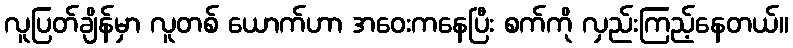
လူပြတ်ချိန်မှာ လူတစ် ယောက်ဟာ အဝေးကနေပြီး စက်ကို လှည်းကြည့်နေတယ်။